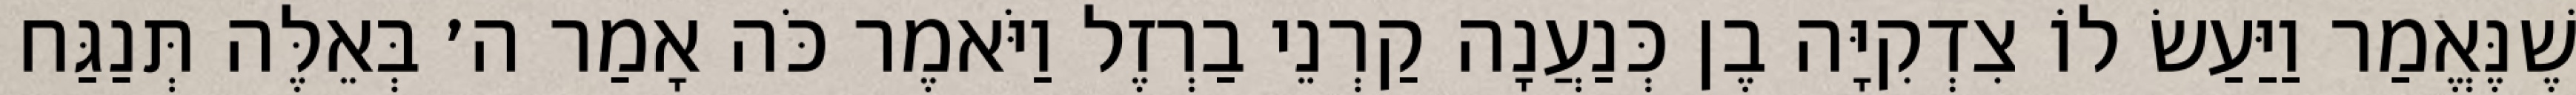
שֶׁנֶּאֱמַר וַיַּעַשׂ לוֹ צִדְקִיָּה בֶן כְּנַעֲנָה קַרְנֵי בַרְזֶל וַיֹּאמֶר כֹּה אָמַר ה׳ בְּאֵלֶּה תְּנַגַּח